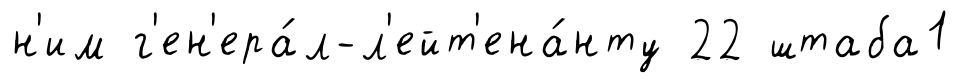
н'им г'ен'ера́л-л'ейт'ена́нту 22 штаба1